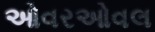
ઓવરઓવલ